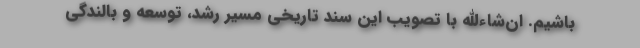
باشیم. ان‌شاءالله با تصویب این سند تاریخی مسیر رشد، توسعه و بالندگی